Vital statistics of India. Vol. IV, Annual returns from 1871 to 1876. British Army of India, Native Army and jails of Bengal
Year: 1871
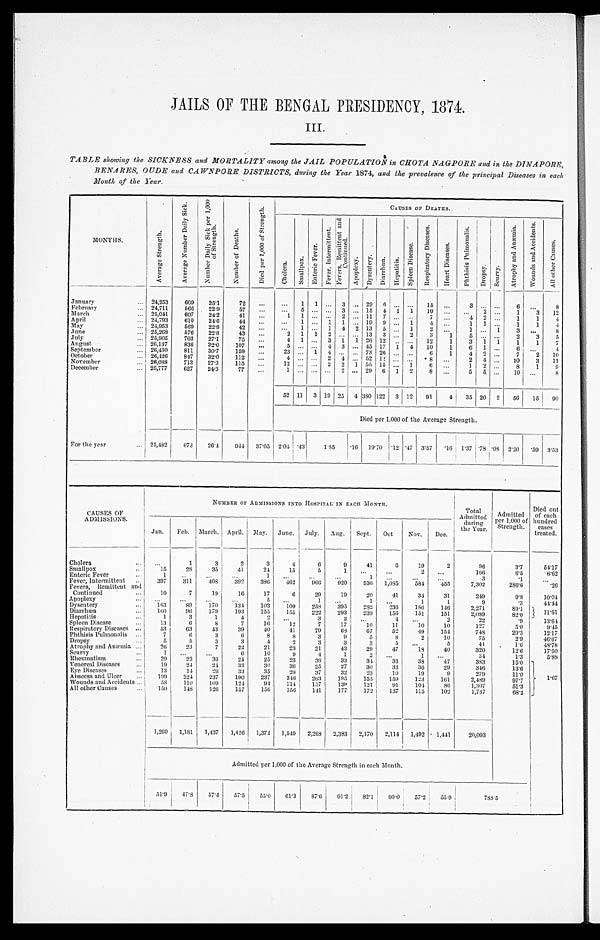
JAILS OF THE BENGAL PRESIDENCY, 1874.
III.
TABLE s howi ng t he SI CKNESS a nd MORTALI TY a mong t he J AI L POPULATI ON i n CHOTA NAGPORE a nd i n t he DI NAPORE,
BENARES, OUDE and CAWNPORE DISTRICTS, during the Year 1874, and the prevalence of the principal Diseases in each
Month of the Year
.
MONTHS.
A v e r a g e S t r e n g t h .
A v e r a g e N u m b e r D a i l y S i c k . N u m b e r D a i l y S i c k p e r 1 , 0 0 0
o f S t r e n g t h .
N u m b e r o f D e a t h s .
D i e d p e r 1 , 0 0 0 o f S t r e n g t h .
CAUSES OF DEATHS.
C h o l e r a . S m a l l p o x .
E n t e r i c F e v e r . F e v e r , I n t e r m i t t e n t . F e v e r s , R e m i t t e n t a n d
C o n t i n u e d .
A p o p l e x y . D y s e n t e r y . D i a r r h œ a . H e p a t i t i s . S p l e e n D i s e a s e .
R e s p i r a t o r y D i s e a s e s .
H e a r t D i s e a s e s . P h t h i s i s P u l m o n a l i s . D r o p s y . S c u r v y .
A t r o p h y a n d A n æ m i a . W o u n d s a n d A c c i d e n t s .
A l l o t h e r C a u s e s .
January
24,253 609 25. 1
72
1 1
3
29 6
15
3
6
8
February
24,711 566 22. 9
57
5
3
15 4 1 1 10
2
1 3 12
March
25,041 607 24. 2
41
1 1
2
11 7
7
4 2
1 1 4
April
24,793 610 24. 6
44
1
1 1
19 9
1 4
1 1
1 1 4
May
24,953 569 22. 8
42
1
1 4 2 13 5
1 2
1
1 3
8
June
25,268 576 22. 8
43
2 1 1 2
13 3
2 3 1 5
2 3 5
July
25,905 703 27. 1
75
4 1
3 1 1 26 12
12 1 3 1 1 1 1 7
August
26,137 836 32. 0
107
5
4 3
45 17 1 4
10 1 6 1
6
4
September
26,430 811 30. 7
159
23
1 4
73 26
6 1 4 2
7 2 10
October
26,426 847 32. 0
112
4
2 4
52 1 2
8
2 4
10 3 11
November
26,088 713 27. 3
115
12
2 2 1 55 15
1 6
1 2
8 1 9
December
25,777 627 24. 3
77
1
2
29 6 1 2 8
5 5
10
8
52 11 3 19 25 4 3 8 0 122 3 12 91 4
35 20 2 56 15 90
Died per 1,000 of the Average Strength.
For the year
25,482 673 26. 4
9 4 4 37. 05 2 . 0 4 .43
1.85 .16 1 9 . 7 0
.12 .47 3 . 5 7
. 1 6 1.37 .78 .08 2 . 2 0
.59 3 . 5 3
CAUSES OF
ADMISSIONS.
NUMBER OF ADMISSIONS INTO HOSPITAL IN EACH MONTH.
Total
Admitted during
the Year.
Admitted
per 1,000 of
Strength.
Died out
of each
hundred cases
treated.
Jan. Feb. March. April. May. June. July. Aug. Sept. Oct Nov. Dec.
Cholera
1
3
2
3
4
6
9
41
6
19
2
96
3. 7
54. 17
Smallpox
15
28
35
41
24
15
5
1
2
166
6.5
6 . 6 2
Enteric Fever
1
1
1
3
.1
Fever, Intermittent
397 311 408
392 3 8 6
4 6 2
966 920 936 1, 085
584
455
7,302
286. 6
.26
Fevers, Remittent and
Continued
10
7
19
16
17
6
29
19
20
41
34
31
249
9. 8
10. 04
Apoplexy
5
1
1
1
1
9
.3
4 4 . 4 4
Dysentery
163
89 170 134
103 109 258 395 282 236 186 146
2 , 2 7 1
89.1 1 1 . 5 1
Diarrhœa
1 6 0
96 179 193 155 155 222 293 238
156 151 151
2 , 0
8 9
82. 0
Hepatitis
1
3
1
4
2
3 2
4
2
22
.9
13. 64
Spleen Disease
13
6
8
7
16
12
7
17
10
11
10
10
127
5.0
9.45
Respiratory Diseases
53
63
43
39
40
41
79
68
67
52
49 154
748
29. 3
12.17
Phthisis Pulmonalis
7
6
3
6
8
8
3
9
5
8
2
10
75
2. 9
46. 67
Dropsy
5
5
3
3
4
2
3
3
3
5
5
41
1.6
4 8 . 7 8
Atrophy and Anæmia
26
23
7
22
21
23
21
43
29
47
18
40
320
12. 6
17. 50
Scurvy
1
6
10
9
4
1 2
1
34
1 . 3
5 . 8 8
Rheumatism
29
23
36
24
25
23
38
33
34
33
38
47
3 8 3
15. 0
1
. 6 7
Venereal Diseases
19
24
24
33
30
36
25
27
30
33
36
29
346
13. 6
Eye Diseases
13
14
26
33
35
28
37
32
23
10
19
9
279
11.0
Abscess and Ulcer
199 224
237 190 237 3 4 6
2 6 3
195 155 159 123 161
2,489
97.7
Wounds and Accidents
58
110 109 124
94 114 157 139 121
91 104
86
1,307
51. 3
All other Causes
150 148
126
157 156 156 141 177 172 137 115 102
1,737
68. 2
1,260 1 , 1 8 1
1,437 1,426 1,372 1,549 2, 268 2, 383 2,170 2,114 1,492 1,441
20,093
Admitted per 1,000 of the Average Strength in each Month.
51.9 47. 8
57. 4
57. 5
55. 0
61.3 87. 6
9 1 . 2
8 2 . 1 80. 0
57. 2
55. 9
7 8 8 . 5